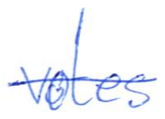
Text: votes
Cross-out: single-line
Writing tool: ballpoint